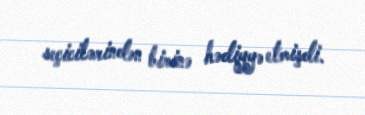
seçicilərindən birinə hədiyyə etmişdi.